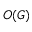
O ( G )